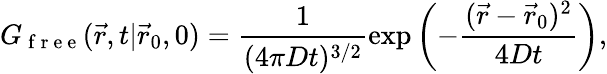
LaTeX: G_{\mathrm{~f~r~e~e~}}(\vec{r},t|\vec{r}_{0},0)=\frac{1}{(4\pi Dt)^{3/2}}\exp\left(-\frac{(\vec{r}-\vec{r}_{0})^{2}}{4Dt}\right),